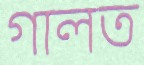
গালত